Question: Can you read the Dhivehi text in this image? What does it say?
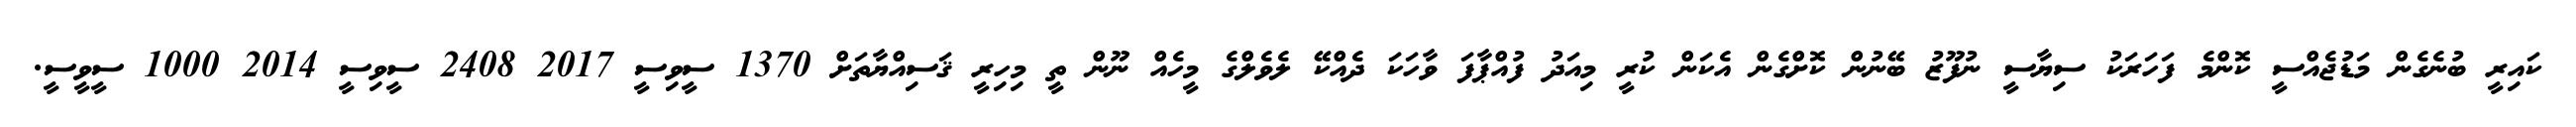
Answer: ކައިރީ ބުނެގެން މަޑުޖެއްސީ ކޮންމެ ފަހަރަކު ސިޔާސީ ނުފޫޒު ބޭނުން ކޮށްގެން އެކަން ކުރީ މިއަދު ފުއްޕާފަ ވާހަކަ ދެއްކޭ ލެވެލްގެ މީހެއް ނޫން ތީ މިހިރީ ޤަސިއްޔާތަށް 1370 ސީވިސީ 2017 2408 ސީވިސީ 2014 1000 ސީވީސީ.